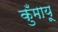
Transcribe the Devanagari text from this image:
कुँमायू